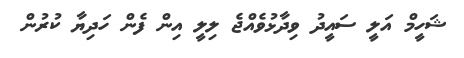
ޝަހީމް އަލީ ސައީދު ވިދާޅުވެއްޖެ ލިލީ އިން ފެން ހަދިޔާ ކުރުން